Civil Veterinary Dept. Bombay admin report 1907-1913 - 1907-1913
Year: 1907
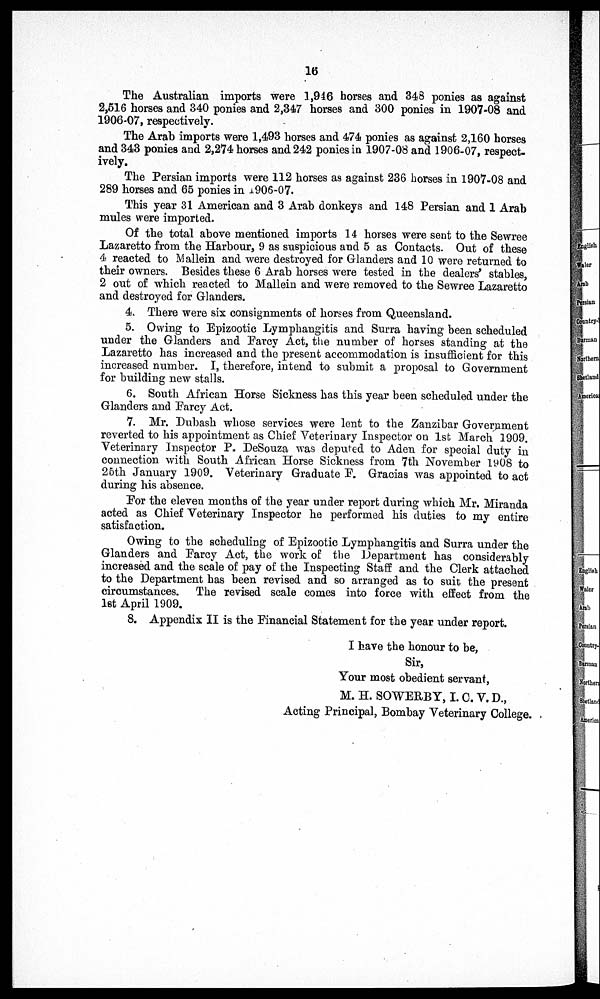
16
The Australian imports were 1,946 horses and 348 ponies as against
2,516 horses and 340 ponies and 2,347 horses and 300 ponies in 1907-08 and
1906-07, respectively.
The Arab imports were 1,493 horses and 474 ponies as against 2,160 horses
and 343 ponies and 2,274 horses and 242 ponies in 1907-08 and 1906-07, respect-
ively.
The Persian imports were 112 horses as against 236 horses in 1907-08 and
289 horses and 65 ponies in 1906-07.
This year 31 American and 3 Arab donkeys and 148 Persian and 1 Arab
mules were imported.
Of the total above mentioned imports 14 horses were sent to the Sewree
Lazaretto from the Harbour, 9 as suspicious and 5 as Contacts. Out of these
4 reacted to Mallein and were destroyed for Glanders and 10 were returned to
their owners. Besides these 6 Arab horses were tested in the dealers' stables,
2 out of which reacted to Mallein and were removed to the Sewree Lazaretto
and destroyed for Glanders.
4. There were six consignments of horses from Queensland.
5. Owing to Epizootic Lymphangitis and Surra having been scheduled
under the Glanders and Farcy Act, the number of horses standing at the
Lazaretto has increased and the present accommodation is insufficient for this
increased number. I, therefore, intend to submit a proposal to Government
for building new stalls.
6. South African Horse Sickness has this year been scheduled under the
Glanders and Farcy Act.
7. Mr. Dubash whose services were lent to the Zanzibar Government
reverted to his appointment as Chief Veterinary Inspector on 1st March 1909.
Veterinary Inspector P. DeSouza was deputed to Aden for special duty in
connection with South African Horse Sickness from 7th November 1908 to
26th January 1909. Veterinary Graduate P. Gracias was appointed to act
during his absence.
For the eleven months of the year under report during which Mr. Miranda
acted as Chief Veterinary Inspector he performed his duties to my entire
satisfaction.
Owing to the scheduling of Epizootic Lymphangitis and Surra under the
Glanders and Farcy Act, the work of the Department has considerably
increased and the scale of pay of the Inspecting Staff and the Clerk attached
to the Department has been revised and so arranged as to suit the present
circumstances. The revised scale comes into force with effect from the
1st April 1909.
8. Appendix II is the Financial Statement for the year under report.
I have the honour to be,
Sir,
Your most obedient servant,
M. H. SOWERBY, I. C. V. D.,
Acting Principal, Bombay Veterinary College.